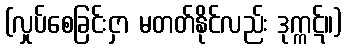
(လှုပ်စေခြင်းငှာ မတတ်နိုင်လည်း ဒုက္ကဋ်။)